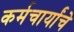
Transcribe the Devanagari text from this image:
कर्मचार्यांचे